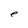
Character: e